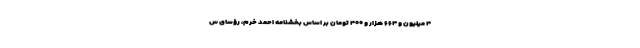
۴ میلیون و ۶۶۴ هزار و ۴۰۰ تومان بر اساس بخشنامه احمد خرم، رؤسای س